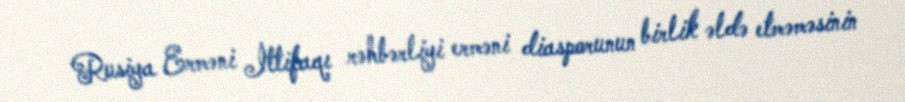
Rusiya Erməni İttifaqı rəhbərliyi erməni diasporunun birlik əldə etməməsinin